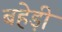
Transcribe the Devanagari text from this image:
बहेड़ी